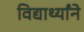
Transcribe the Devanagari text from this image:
विद्यार्थ्यांने